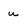
Character: u